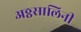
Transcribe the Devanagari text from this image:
अठ्ठसालिनी